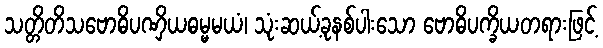
သတ္တိတိသဗောဓိပဏှိယဓမ္မမယံ၊ သုံးဆယ့်ခုနစ်ပါးသော ဗောဓိပက္ခိယတရားဖြင့်